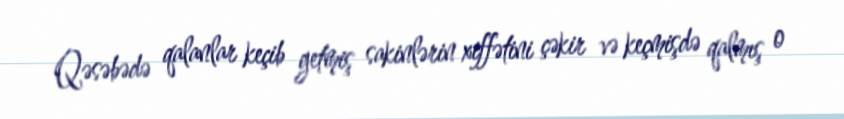
Qəsəbədə qalanlar keçib getmiş sakinlərin xiffətini çəkir və keçmişdə qalmış o